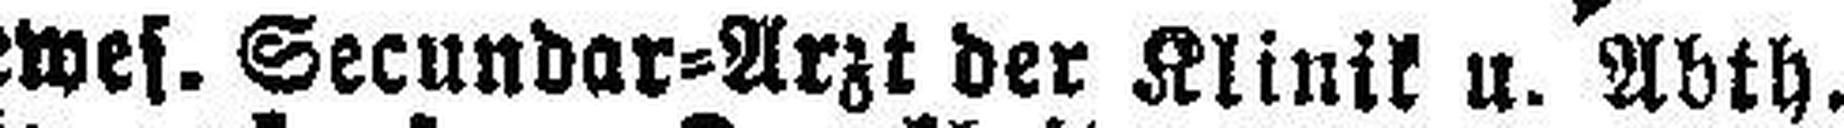
gewes. Secundar=Arzt der Klinik u. Abth.